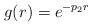
\begin{align*}g(r)=e^{-p_2r}\end{align*}